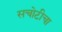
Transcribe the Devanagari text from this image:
सचोटीचा